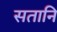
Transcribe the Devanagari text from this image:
सतानि